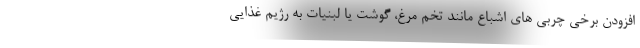
افزودن برخی چربی های اشباع مانند تخم مرغ، گوشت یا لبنیات به رژیم غذایی